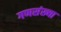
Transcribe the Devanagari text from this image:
गणसंख्या